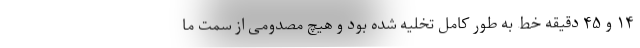
۱۴ و ۴۵ دقیقه خط به طور کامل تخلیه شده بود و هیچ مصدومی از سمت ما